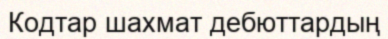
Кодтар шахмат дебюттардың